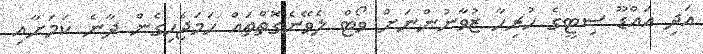
އަދި އައްޑޫ ސިޓީގެ ހުރިހާ ޒުވާނުންނަށް ވޯޓް ލެވޭނެގޮތްތައް ހަމަޖެހިގެން ދާނެ ކަމަށާއި